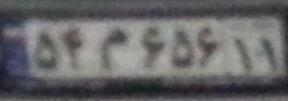
۵۴م۶۵۶۱۱